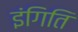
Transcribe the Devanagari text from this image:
इंगिति